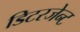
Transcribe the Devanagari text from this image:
डिटरजेन्ट